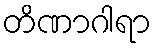
တိဏာဂါရာ